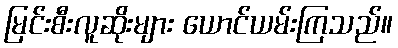
မြင်းစီးလူဆိုးများ ယောင်ယမ်းကြသည်။